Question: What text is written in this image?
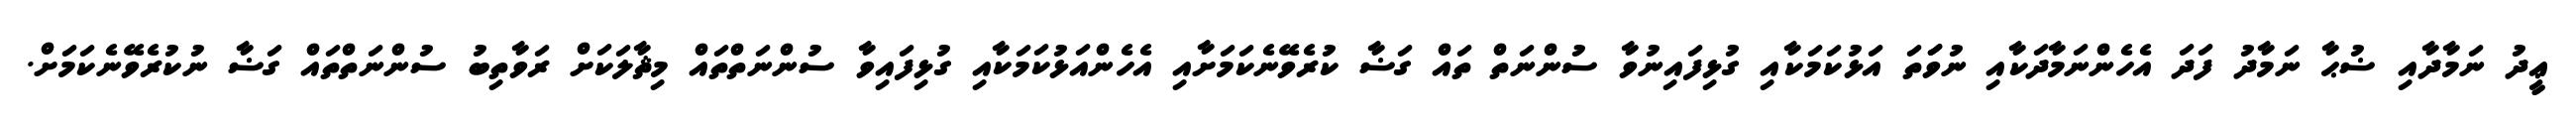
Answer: ޢީދު ނަމާދާއި ޟުޙާ ނަމާދު ފަދަ އެހެންނަމާދަކާއި ނުވަަތަ އަޅުކަމަކާއި ގުޅިފައިނުވާ ސުންނަތް ތައް ގަޟާ ކުރެވޭނެކަމަށާއި އެހެންއަޅުކަމަކާއި ގުޅިފައިވާ ސުންނަތްތައް މިޘާލަކަށް ރަވާތިބު ސުންނަތްތައް ގަޟާ ނުކުރެވޭނެކަމަށް.